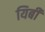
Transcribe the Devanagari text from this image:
यिबी